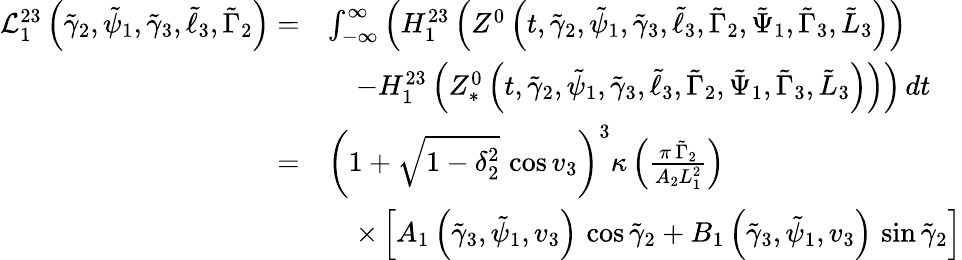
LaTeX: \begin{array}{rl}{\mathcal{L}_{1}^{23}\left(\tilde{\gamma}_{2},\tilde{\psi}_{1},\tilde{\gamma}_{3},\tilde{\ell}_{3},\tilde{\Gamma}_{2}\right)=}&{\int_{-\infty}^{\infty}\Big(H_{1}^{23}\left(Z^{0}\left(t,\tilde{\gamma}_{2},\tilde{\psi}_{1},\tilde{\gamma}_{3},\tilde{\ell}_{3},\tilde{\Gamma}_{2},\tilde{\Psi}_{1},\tilde{\Gamma}_{3},\tilde{L}_{3}\right)\right)}\\ &{\quad-H_{1}^{23}\left(Z_{*}^{0}\left(t,\tilde{\gamma}_{2},\tilde{\psi}_{1},\tilde{\gamma}_{3},\tilde{\ell}_{3},\tilde{\Gamma}_{2},\tilde{\Psi}_{1},\tilde{\Gamma}_{3},\tilde{L}_{3}\right)\right)\Big)\, dt}\\ {=}&{\left(1+\sqrt{1-\delta_{2}^{2}}\, \cos v_{3}\right)^{3}\kappa\left(\frac{\pi\, \tilde{\Gamma}_{2}}{A_{2}L_{1}^{2}}\right)}\\ &{\quad\times\left[A_{1}\left(\tilde{\gamma}_{3},\tilde{\psi}_{1},v_{3}\right)\, \cos\tilde{\gamma}_{2}+B_{1}\left(\tilde{\gamma}_{3},\tilde{\psi}_{1},v_{3}\right)\, \sin\tilde{\gamma}_{2}\right]}\end{array}